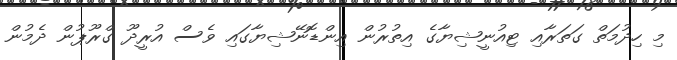
މި ހިދުމަތް ގަތަރާއި ޓިއުނީޝިޔާގެ އިތުރުން އިންޑޮނޭޝިޔާގައި ވެސް އުރީދޫ ގްރޫޕުން ދެމުން